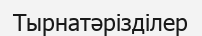
Тырнатәрізділер